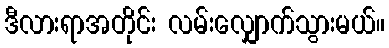
ဒီလားရာအတိုင်း လမ်းလျှောက်သွားမယ်။